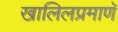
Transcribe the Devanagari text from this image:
खालिलप्रमाणॅ